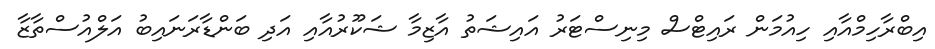
އިބްރާހިމްއާއި ހިއުމަން ރައިޓްސް މިނިސްޓަރު އައިޝަތު އާޒިމާ ޝަކޫރުއާއި އަދި ބަންޑާރަނައިބު އަލްއުސްތާޒާ